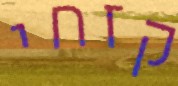
קזחי